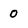
Character: 0